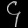
Digit: ၄